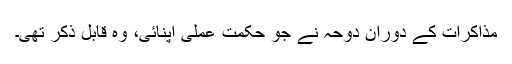
مذاکرات کے دوران دوحہ نے جو حکمتِ عملی اپنائی، وہ قابلِ ذکر تھی۔